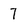
Character: 7